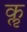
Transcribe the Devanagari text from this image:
कॢ